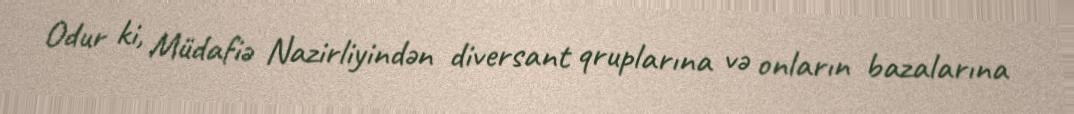
Odur ki, Müdafiə Nazirliyindən diversant qruplarına və onların bazalarına